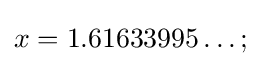
x=1.61633995\dots ;